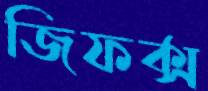
জিফক্স